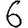
Digit: 6